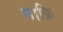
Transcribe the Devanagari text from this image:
माक्रि